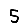
Digit: 5